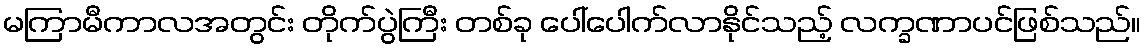
မကြာမီကာလအတွင်း တိုက်ပွဲကြီး တစ်ခု ပေါ်ပေါက်လာနိုင်သည့် လက္ခဏာပင်ဖြစ်သည်။